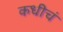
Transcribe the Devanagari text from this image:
कधीचं